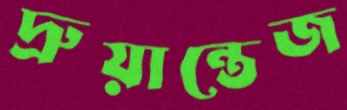
দ্রুয়ান্তেজ